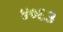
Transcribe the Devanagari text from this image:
४०६३